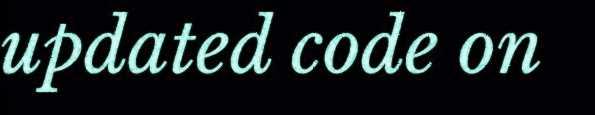
updated code on